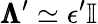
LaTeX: \pmb{\Lambda}^{\prime}\simeq\epsilon^{\prime}\mathbb{I}